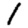
Digit: 1